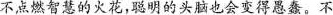
不点燃智慧的火花，聪明的头脑也会变得愚蠢。不